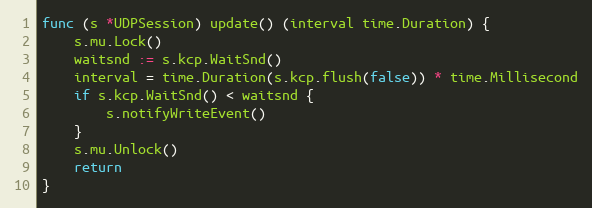
Language: Go
func (s *UDPSession) update() (interval time.Duration) {
	s.mu.Lock()
	waitsnd := s.kcp.WaitSnd()
	interval = time.Duration(s.kcp.flush(false)) * time.Millisecond
	if s.kcp.WaitSnd() < waitsnd {
		s.notifyWriteEvent()
	}
	s.mu.Unlock()
	return
}